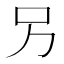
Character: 𠮠